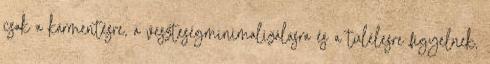
csak a kármentésre, a veszteségminimalizálásra és a túlélesre figyelnek,